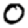
Digit: 0